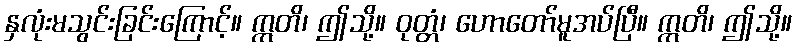
နှလုံးမသွင်းခြင်းကြောင့်။ ဣတိ၊ ဤသို့။ ဝုတ္တံ၊ ဟောတော်မူအပ်ပြီ။ ဣတိ၊ ဤသို့။